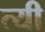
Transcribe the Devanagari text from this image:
त्यी